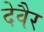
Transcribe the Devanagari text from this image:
देवैर